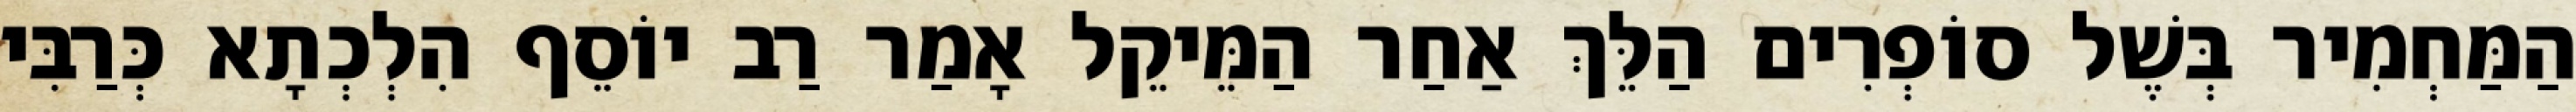
הַמַּחְמִיר בְּשֶׁל סוֹפְרִים הַלֵּךְ אַחַר הַמֵּיקֵל אָמַר רַב יוֹסֵף הִלְכְתָא כְּרַבִּי